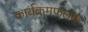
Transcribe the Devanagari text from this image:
कार्यक्रमफलक